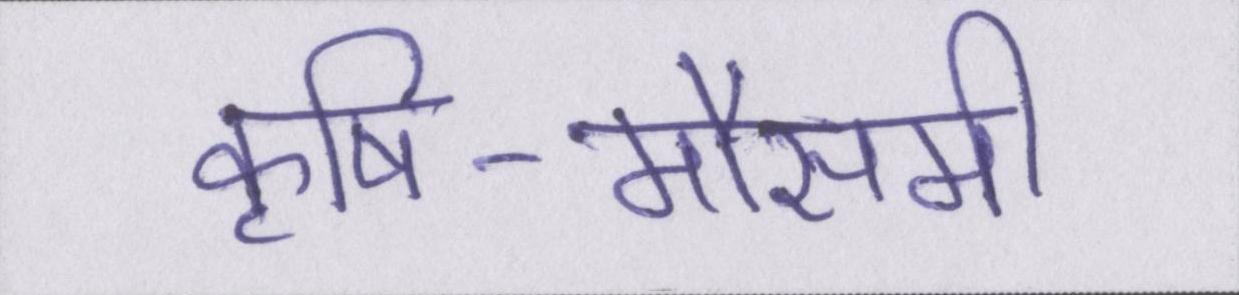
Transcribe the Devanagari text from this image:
कृषि-मौसमी